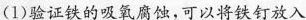
(1)验证铁的吸氧腐蚀，可以将铁钉放入